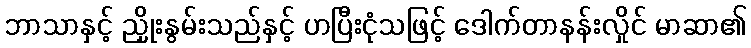
ဘာသာနှင့် ညှိုးနွမ်းသည်နှင့် ဟပြီးငုံသဖြင့် ဒေါက်တာနန်းလှိုင် မာဆာ၏